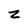
Character: z